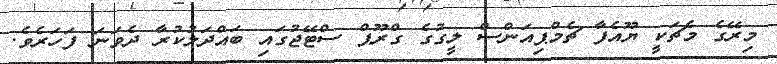
މިރޭގެ މެޗަކީ ޔޫއެފާ ޗެމްޕިއަންސް ލީގުގެ ގްރޫޕް ސްޓޭޖުގައި ބައްދަލުކުރާ ދެވަނަ ފަހަރެވެ.